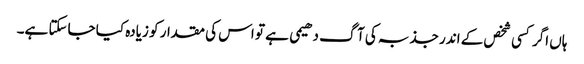
ہاں اگر کسی شخص کے اندر جذبہ کی آگ دھیمی ہے تو اس کی مقدار کو زیادہ کیا جاسکتا ہے۔